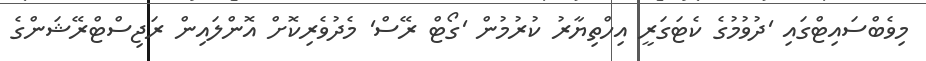
މިވެބްސައިޓްގައި 'ދުވުމުގެ ކެޓަގަރީ އިހްތިޔާރު ކުރުމުން 'ގޯޓް ރޭސް' މެދުވެރިކޮށް އޮންލައިން ރަޖިސްޓްރޭޝަންގެ